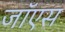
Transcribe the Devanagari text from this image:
जॉएस